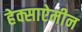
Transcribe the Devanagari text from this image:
हेक्साऐमीन